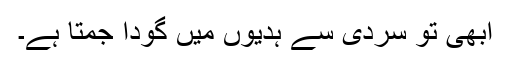
ابھی تو سردی سے ہدیوں میں گودا جمتا ہے۔